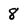
Character: 8